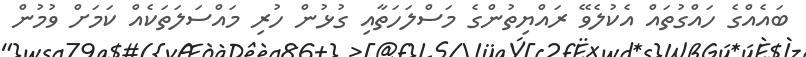
ބައެއްގެ ހައްގުތައް އެކުލެވޭ ރައްޔިތުންގެ މަސްލަހަތާއި ގުޅުން ހުރި މައްސަލަތަކެއް ކަމަށް ވުމުން